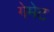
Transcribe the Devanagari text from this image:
गेमेट